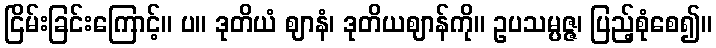
ငြိမ်းခြင်းကြောင့်။ ပ။ ဒုတိယံ ဈာနံ၊ ဒုတိယဈာန်ကို။ ဥပသမ္ပဇ္ဇ၊ ပြည့်စုံစေ၍။